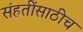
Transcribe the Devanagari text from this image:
संहतींसाठीच